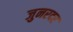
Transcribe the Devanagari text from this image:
जुनरदर